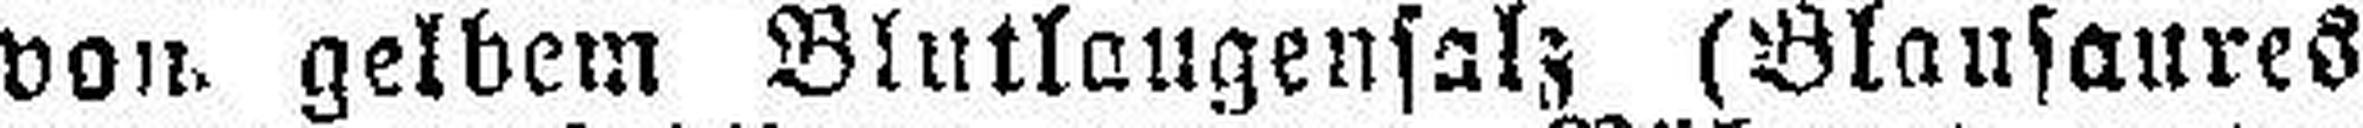
von. gelbem Blutlaugensalz (Blausaures